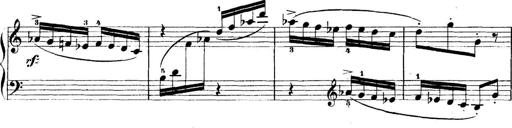
Title: 5 Sonatinas
Composer: Theodor Kirchner